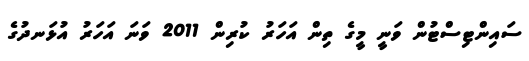
ސައިންޓިސްޓުން ވަނީ މީގެ ތިން އަހަރު ކުރިން 2011 ވަނަ އަހަރު އުޅަނދުގެ